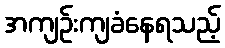
အကျဉ်းကျခံနေရသည့်